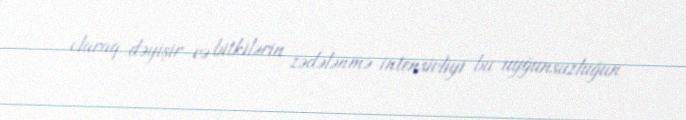
olaraq dəyişir və bitkilərin zədələnmə intensivliyi bu uyğunsuzluğun